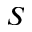
S